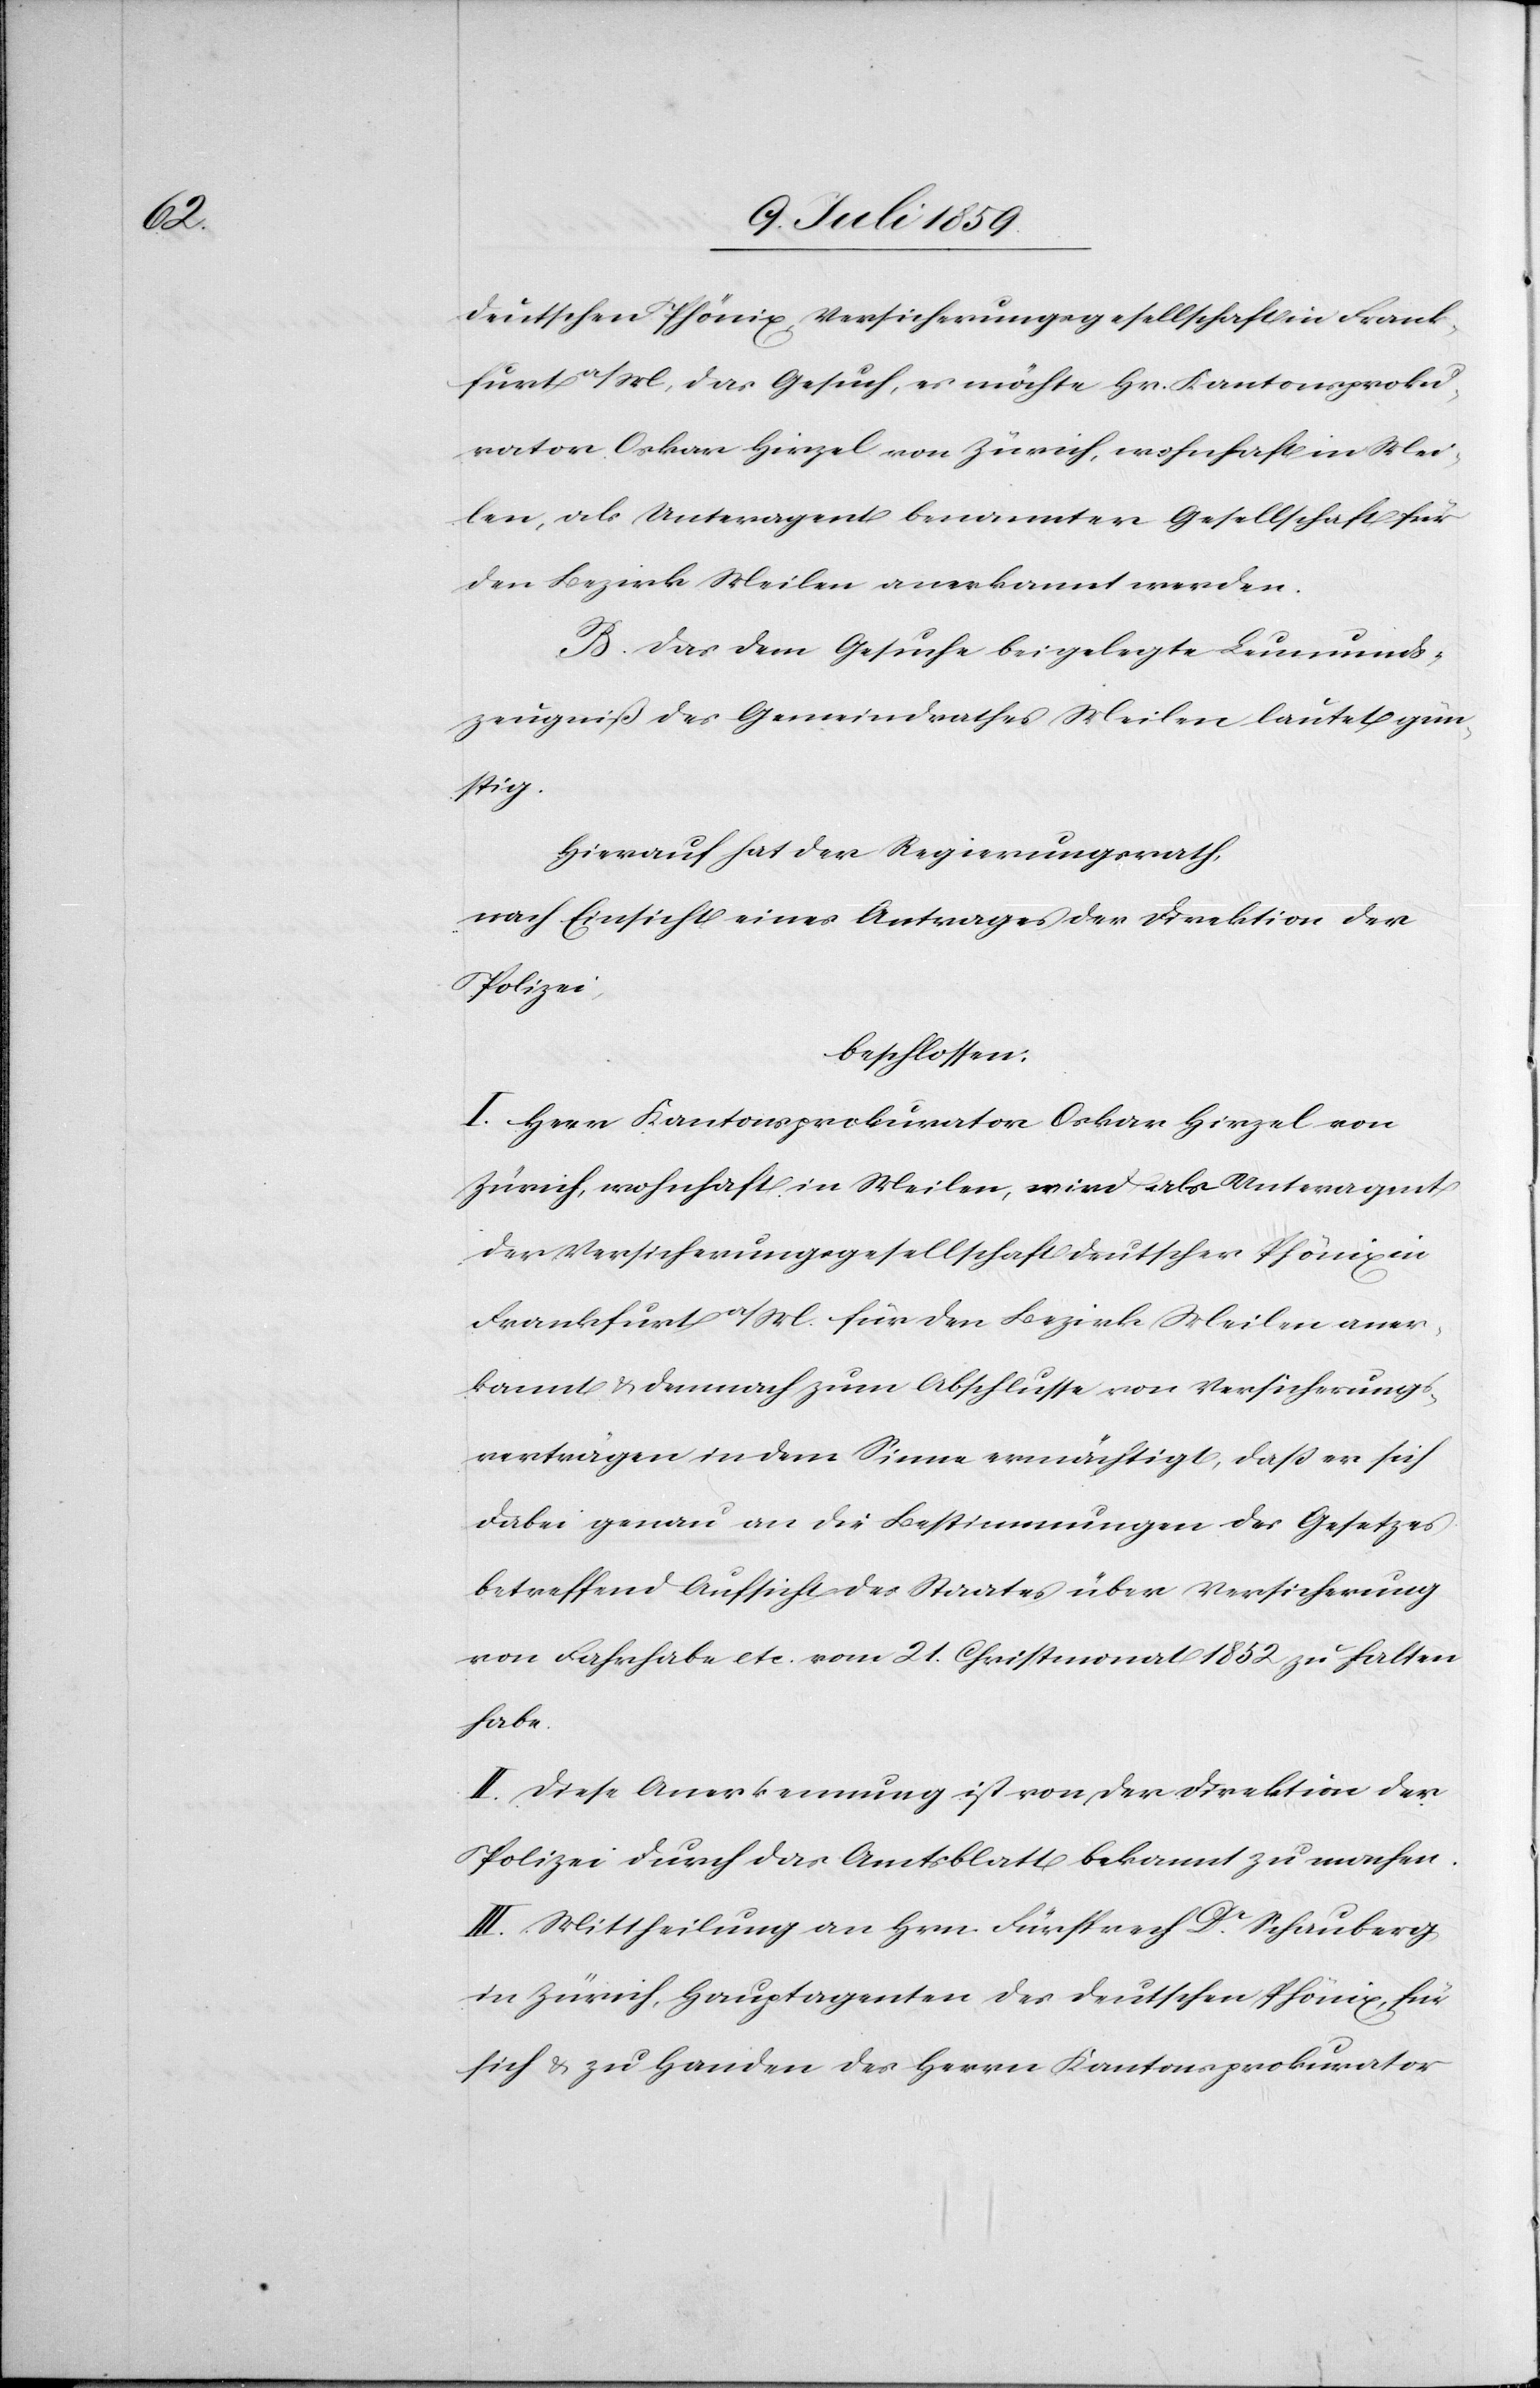
deutschen Phönix, Versicherungsgesellschaft in Frank¬
furt a/M, das Gesuch, es möchte Hr. Kantonsproku¬
rator Oskar Hirzel von Zürich, wohnhaft in Mei¬
len, als Unteragent benannter Gesellschaft für
den Bezirk Meilen anerkannt werden.
B. Das dem Gesuche beigelegte Leumunds¬
zeugniß des Gemeindrathes Meilen lautet gün¬
stig.
Hierauf hat der Regierungsrath,
nach Einsicht eines Antrages der Direktion der
Polizei,
beschlossen:
I. Herr Kantonsprokurator Oskar Hirzel von
Zürich, wohnhaft in Meilen, wird als Unteragent
der Versicherungsgesellschaft deutscher Phönix in
Frankfurt a/M. für den Bezirk Meilen aner¬
kannt u. demnach zum Abschlusse von Versicherungs¬
verträgen in dem Sinne ermächtigt, daß er sich
dabei genau an die Bestimmungen des Gesetzes
betreffend Aufsicht des Staates über Versicherung
von Fahrhabe etc. vom 21. Christmonat 1852 zu halten
habe.
II. Diese Anerkennung ist von der Direktion der
Polizei durch das Amtsblatt bekannt zu machen.
III. Mittheilung an Hrn. Fürsprech Dr. Schauberg
in Zürich, Hauptagenten des deutschen Phönix, für
sich u. zu Handen des Herrn Kantonsprokurator